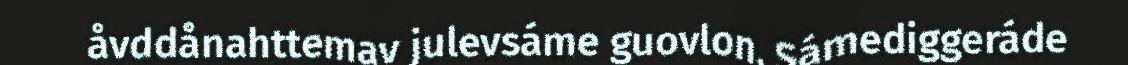
åvddånahttemav julevsáme guovlon. Sámediggeráde